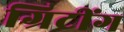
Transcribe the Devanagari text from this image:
ग्रिटींग